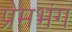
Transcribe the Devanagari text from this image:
प्रेमभंग